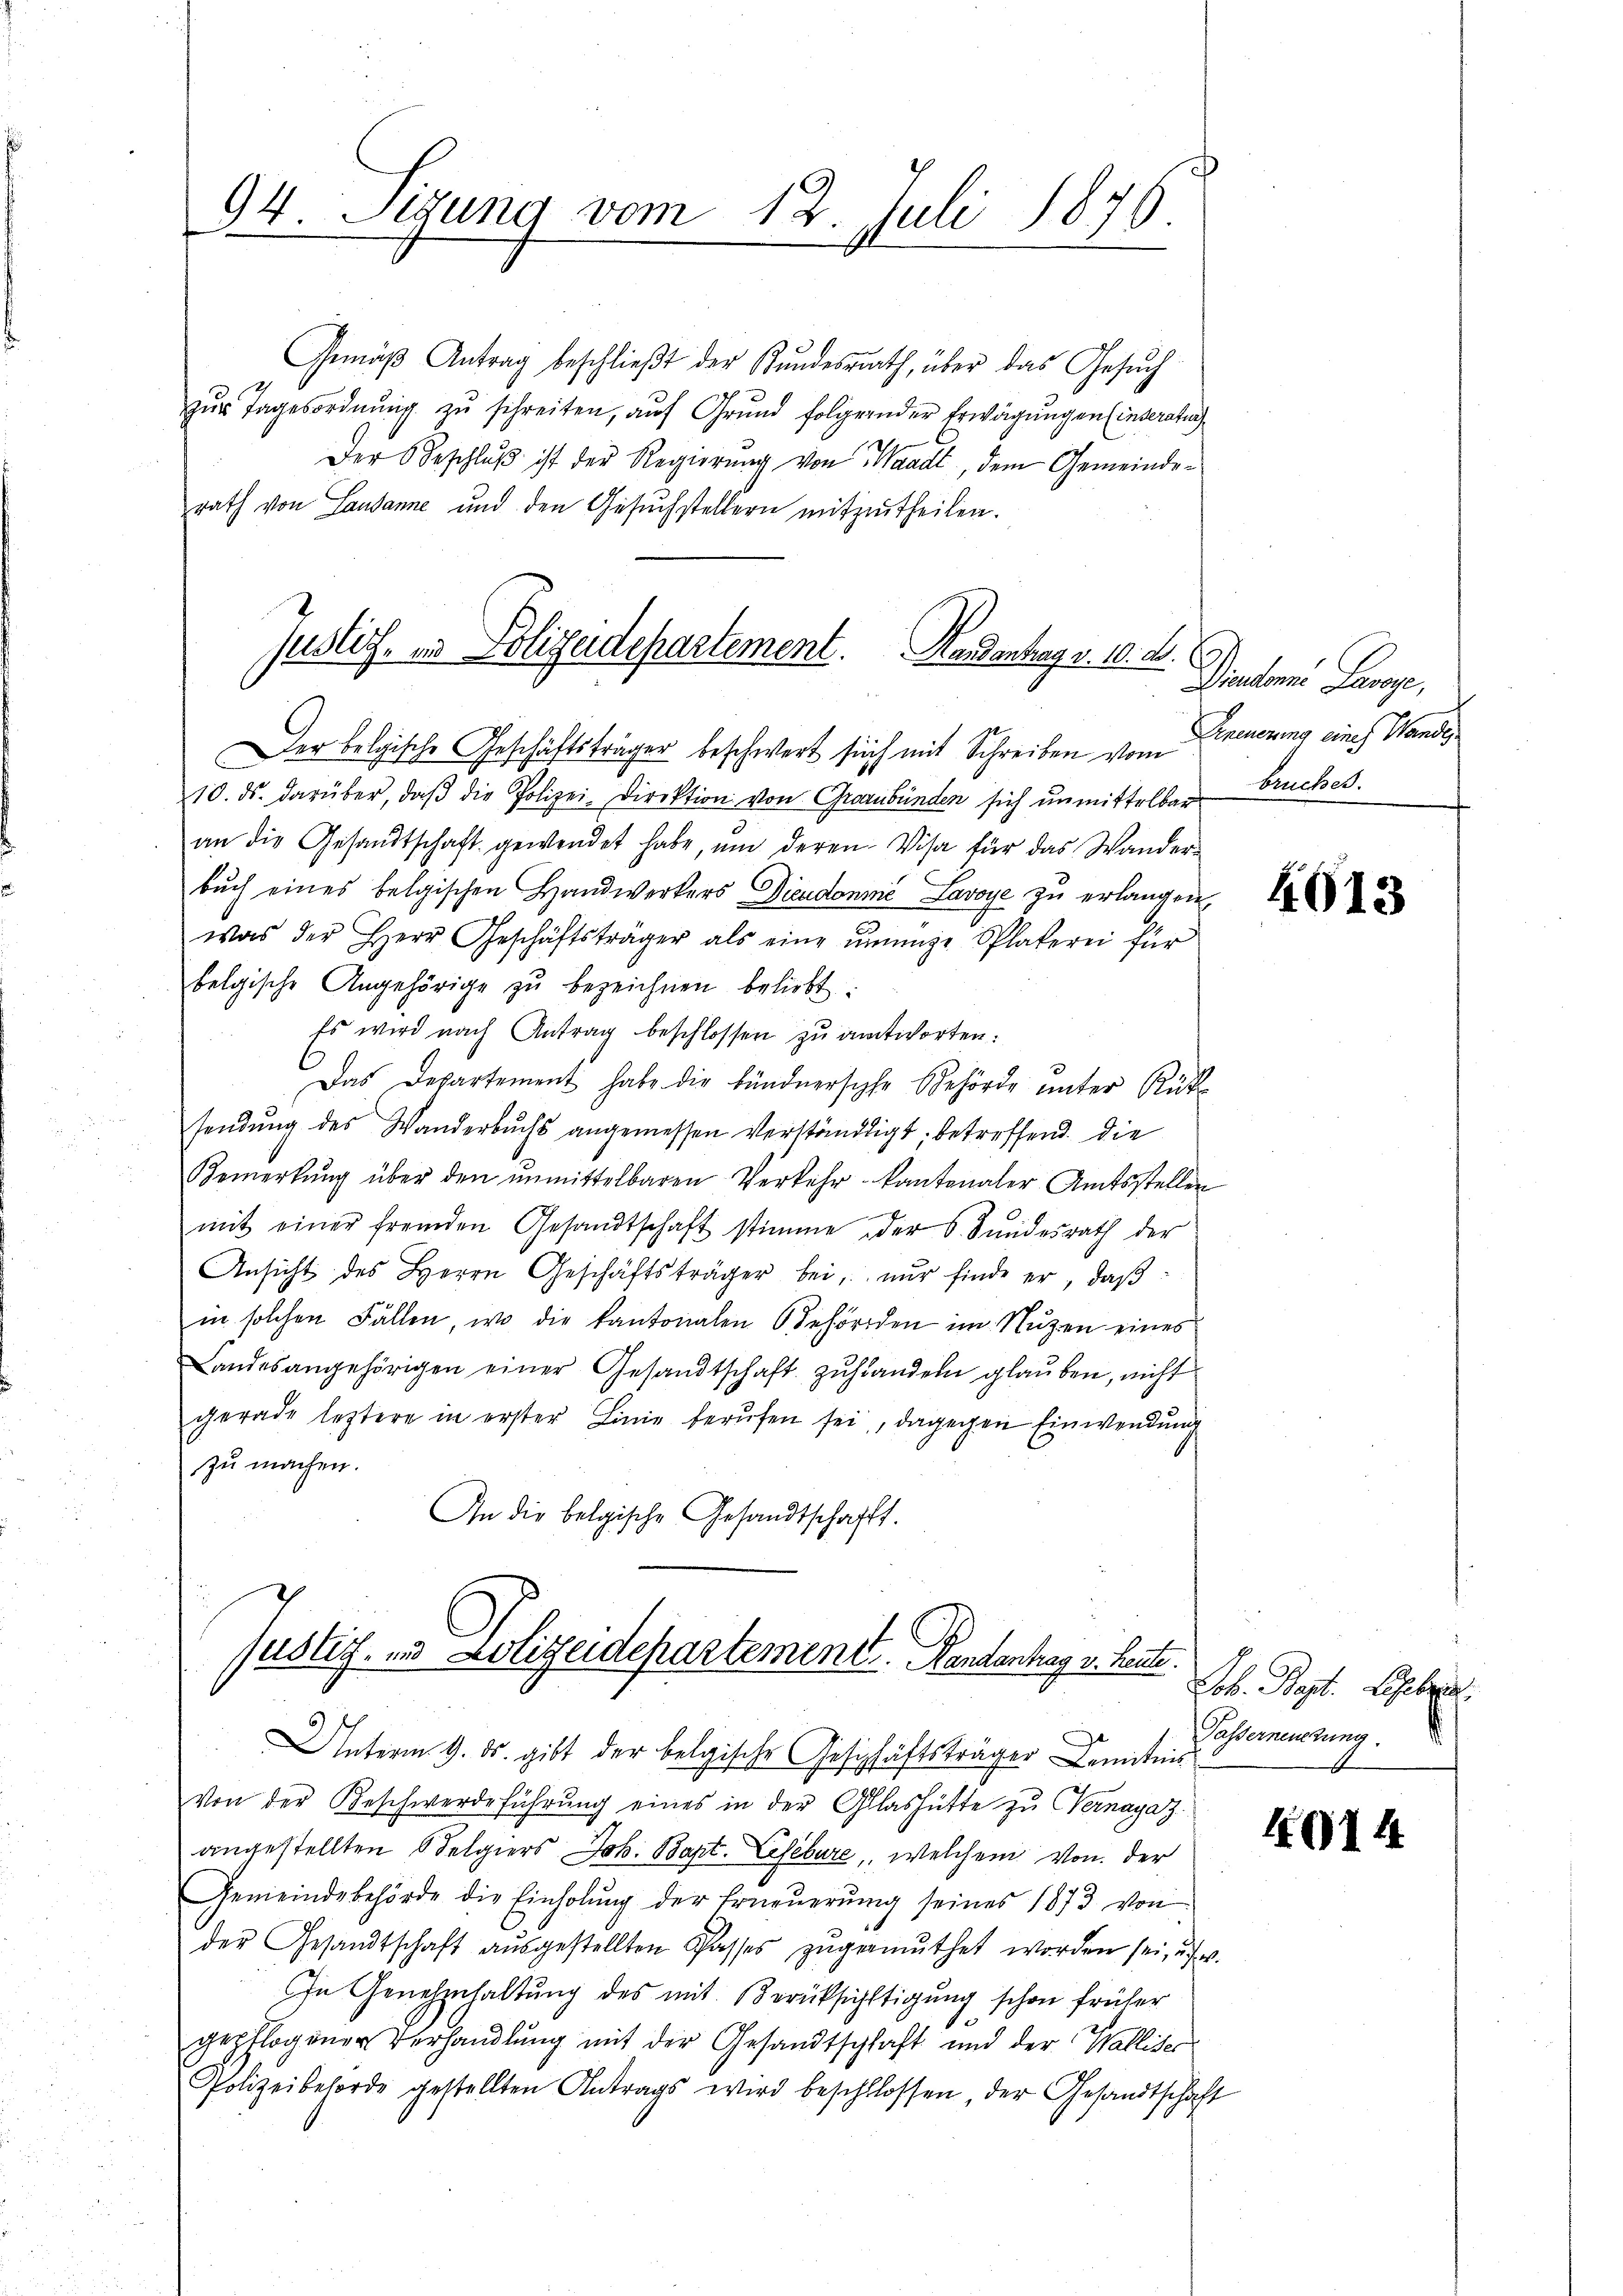
94 Sitzung vom 12. Juli 1876.

Gemäβ Antrag beschlieβt der Kundesrath, über das Gesŭch
zŭr Tagesordnŭng zŭ schreiten, auf Grund folgernder Erwägungen (inderatur
Der Beschluß ist der Regierung von Waadt, dem Gemeinderath von Lausanne und den Gesuchstellern mitzutheilen.
Der belgische Geschäftsträger beschwert sich mit Schreiben vom
10. ds. darüber, daβ die Polizei-Direktion von Graubünden sich unmittelbare Bruches.
an die Gesandtschaft gewendet habe, ŭm deren Visa für das Wander-
bŭch eines belgischen Handwerkers Diendonné Lavoye zu erlangen,
was der Herr Geschäftsträger als eine innige Splakerei für
belgische Angehörige zŭ bezeichnen beliebt:
Es wird nach Antrag beschlossen zu antworten.
Das Departement habe die bündnersche Behörde unter Rük
sendŭng des Wanderbuchs angemessen verständigt, betreffend die
Bemerkŭng über den ŭnmittelbaren Verkehr kantonaler Amtsstellen
mit einer fremden Gesandtschaft stimme der 6. Sŭndesrath der
Ansicht des Herrn Geschäftsträger bei, nŭr finde er, daβ
in solchen Fällen, wo die Kantonalen Behörden im Nŭtzen eines
Landesangehörigen einer Gesandtschaft zŭ handeln glauben, nicht
gerade leztere in erster Linie berufen sei, dagegen Einwendung
zu machen.
In die belgische Gesandtschafft.
füblich, und Lolizeidepartement Handenhag v. heute.
Unterm 9. ds. gibt der belgische Geschäftsträger Kenntnis
Von der Beschwerdeführŭng eines in der Glashütte zu Vernagaz
angestellten Selgiers Joh. Bapt. Lesebure, welchem von der
Gemeindebehörde die Einholŭng der Erneŭerŭng seines 1873 von
der Gesandtschaft aŭsgestellten Passes zŭgemŭthet worden sei, u. v.
In Genehmhaltung des mit Berücksichtigung schon früher
gepflogener Verhandlung mit der Gesandtschaft und der Walliser
Polizeibehörde gestellten Antrags wird beschlossen, der Gesandtschaft

Justiz, in Polizeidepartement. Handantrag v. 10. d.

Dinten Lavage,
Erneuerung eines Wande

4013

Job. Bapt. Liebe
Passerneuerung

4014